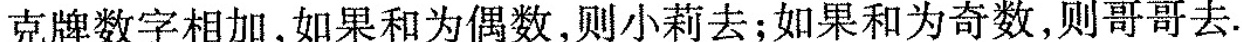
克牌数字相加，如果和为偶数，则小莉去；如果和为奇数，则哥哥去。